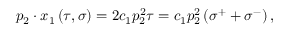
p _ { 2 } \cdot x _ { 1 } \left( \tau , \sigma \right) = 2 c _ { 1 } p _ { 2 } ^ { 2 } \tau = c _ { 1 } p _ { 2 } ^ { 2 } \left( \sigma ^ { + } + \sigma ^ { - } \right) ,